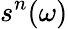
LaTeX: s^{n}(\omega)